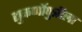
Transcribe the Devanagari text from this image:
सुकर्णोपुत्रीला